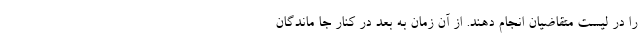
را در لیست متقاضیان انجام دهند. از آن زمان به بعد در کنار جا ماندگان